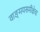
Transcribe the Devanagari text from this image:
वाङ्‌मयसमीक्षेचा